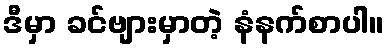
ဒီမှာ ခင်ဗျားမှာတဲ့ နံနက်စာပါ။